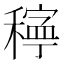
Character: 𥢃